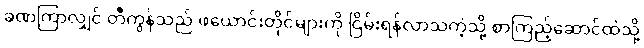
ခဏကြာလျှင် တီကွန်သည် ဖယောင်းတိုင်များကို ငြိမ်းရန်လာသကဲ့သို့ စာကြည့်ဆောင်ထဲသို့